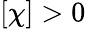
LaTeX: [\chi]>0